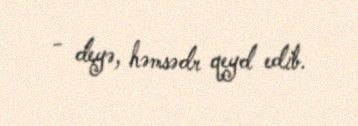
- deyə, həmsədr qeyd edib.